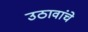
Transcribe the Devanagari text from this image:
उठावांचे